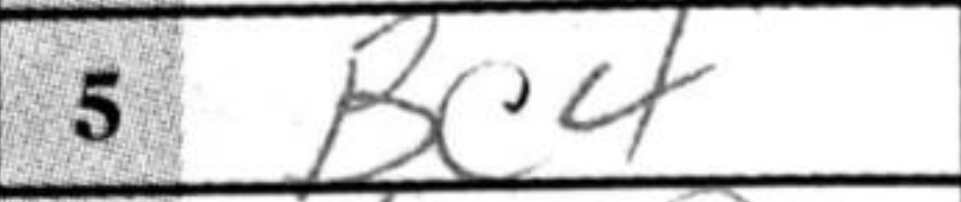
Transcription: Bc4